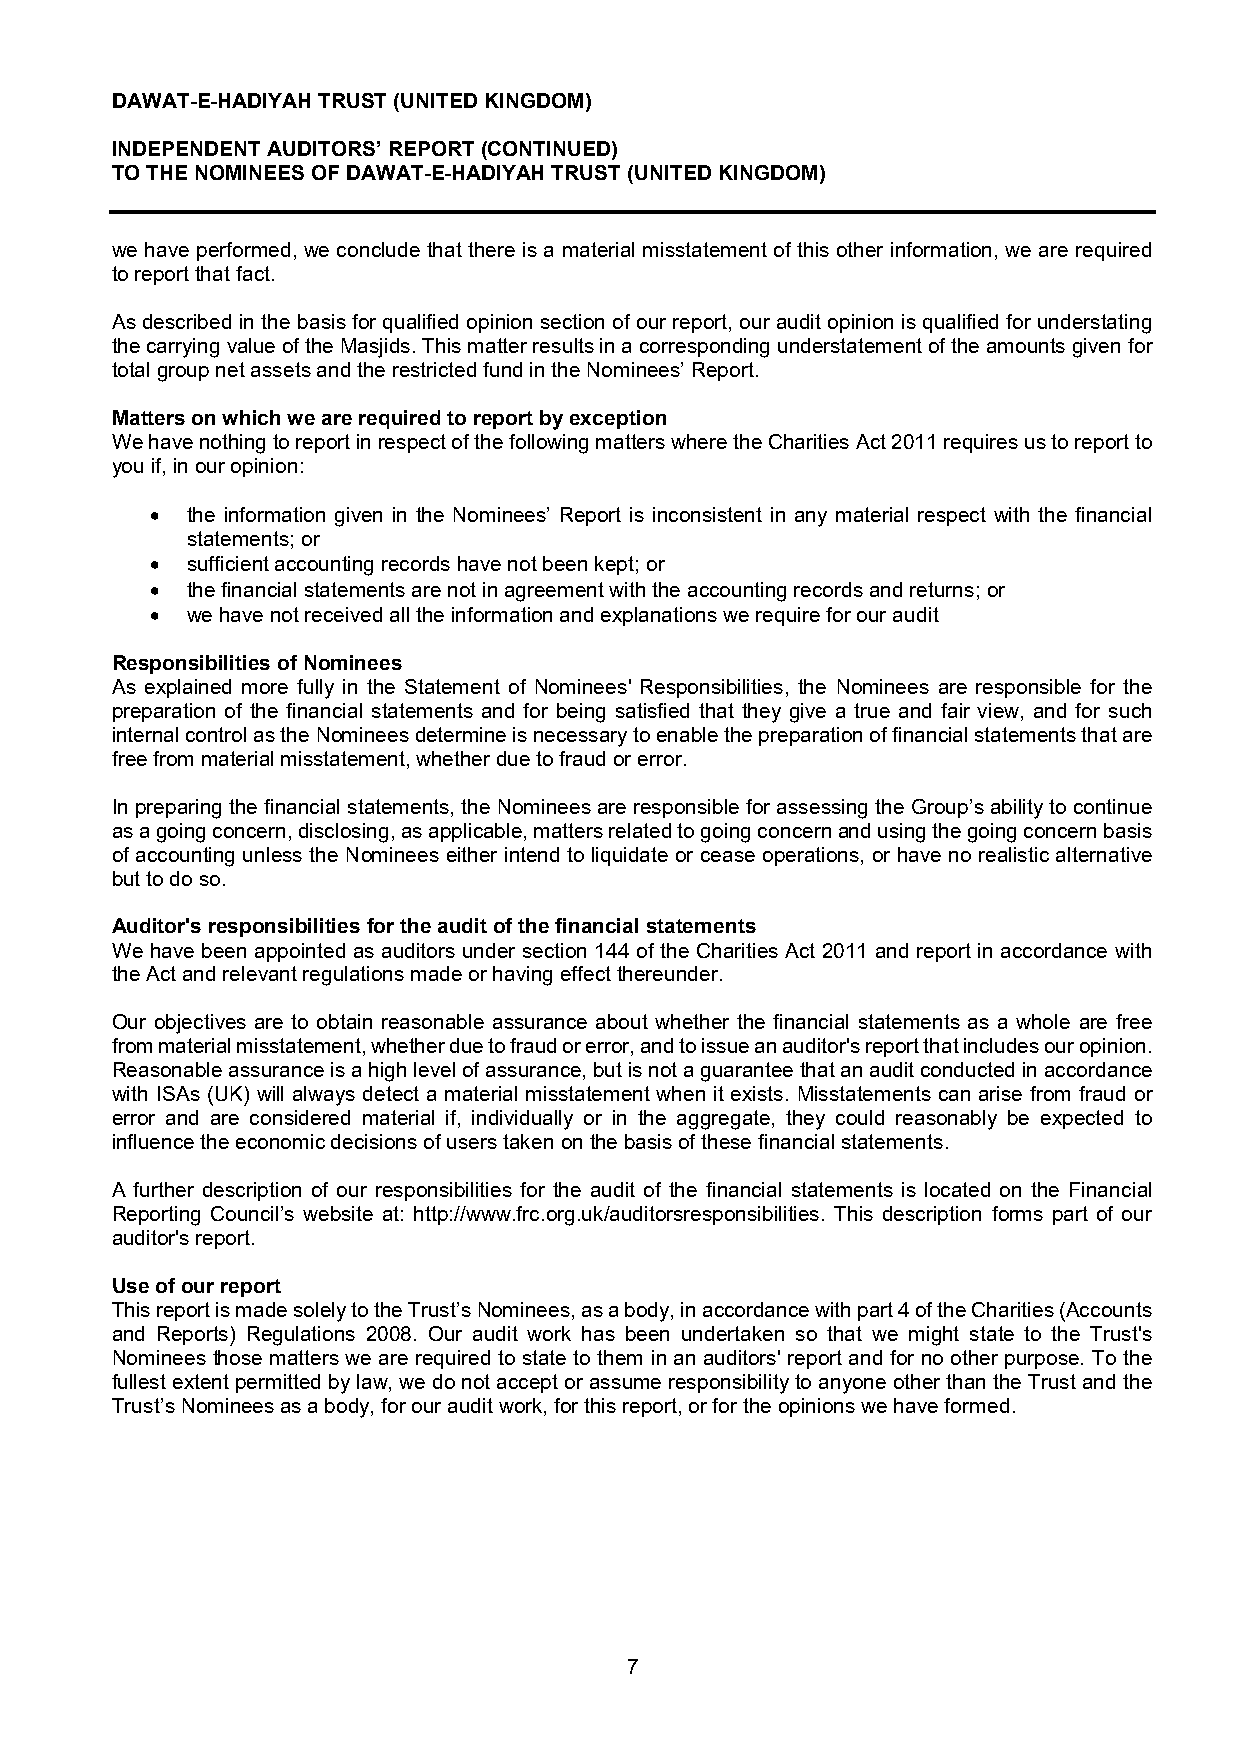
DAWAT-E-HADIYAH TRUST (UNITED KINGDOM)
 INDEPENDENT AUDITORS’ REPORT (CONTINUED)
 TO THE NOMINEES OF DAWAT-E-HADIYAH TRUST (UNITED KINGDOM)
 we have performed, we conclude that there is a material misstatement of this other information, we are required
 to report that fact.
 As described in the basis for qualified opinion section of our report, our audit opinion is qualified for understating
 the carrying value of the Masjids. This matter results in a corresponding understatement of the amounts given for
 total group net assets and the restricted fund in the Nominees’ Report.
 Matters on which we are required to report by exception
 We have nothing to report in respect of the following matters where the Charities Act 2011 requires us to report to
 you if, in our opinion:
  the information given in the Nominees’ Report is inconsistent in any material respect with the financial
 statements; or
  sufficient accounting records have not been kept; or
  the financial statements are not in agreement with the accounting records and returns; or
  we have not received all the information and explanations we require for our audit
 Responsibilities of Nominees
 As explained more fully in the Statement of Nominees' Responsibilities, the Nominees are responsible for the
 preparation of the financial statements and for being satisfied that they give a true and fair view, and for such
 internal control as the Nominees determine is necessary to enable the preparation of financial statements that are
 free from material misstatement, whether due to fraud or error.
 In preparing the financial statements, the Nominees are responsible for assessing the Group’s ability to continue
 as a going concern, disclosing, as applicable, matters related to going concern and using the going concern basis
 of accounting unless the Nominees either intend to liquidate or cease operations, or have no realistic alternative
 but to do so.
 Auditor's responsibilities for the audit of the financial statements
 We have been appointed as auditors under section 144 of the Charities Act 2011 and report in accordance with
 the Act and relevant regulations made or having effect thereunder.
 Our objectives are to obtain reasonable assurance about whether the financial statements as a whole are free
 from material misstatement, whether due to fraud or error, and to issue an auditor's report that includes our opinion.
 Reasonable assurance is a high level of assurance, but is not a guarantee that an audit conducted in accordance
 with ISAs (UK) will always detect a material misstatement when it exists. Misstatements can arise from fraud or
 error and are considered material if, individually or in the aggregate, they could reasonably be expected to
 influence the economic decisions of users taken on the basis of these financial statements.
 A further description of our responsibilities for the audit of the financial statements is located on the Financial
 Reporting Council’s website at: http://www.frc.org.uk/auditorsresponsibilities. This description forms part of our
 auditor's report.
 Use of our report
 This report is made solely to the Trust’s Nominees, as a body, in accordance with part 4 of the Charities (Accounts
 and Reports) Regulations 2008. Our audit work has been undertaken so that we might state to the Trust's
 Nominees those matters we are required to state to them in an auditors' report and for no other purpose. To the
 fullest extent permitted by law, we do not accept or assume responsibility to anyone other than the Trust and the
 Trust’s Nominees as a body, for our audit work, for this report, or for the opinions we have formed.
 7